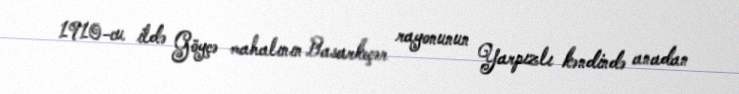
1910-cu ildə Göyçə mahalının Basarkeçər rayonunun Yarpızlı kəndində anadan